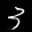
Label: 3